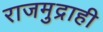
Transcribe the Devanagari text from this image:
राजमुद्राही